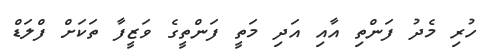
ހުރި މެދު ފަންތި އާއި އަދި މަތީ ފަންތީގެ ވަޒީފާ ތަކަށް ފްލަޑް